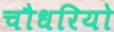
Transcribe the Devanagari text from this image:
चौधरियो